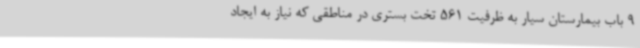
9 باب بیمارستان سیار به ظرفیت 561 تخت بستری در مناطقی که نیاز به ایجاد